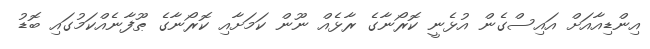
އިންޑިއާއަށް އައިސްގެން އުޅެނީ ކޮރޯނާގެ ރާޅެއް ނޫން ކަމަށާއި ކޮރޯނާގެ ޠޫފާނެއްކަމުގައި ބޮޑު